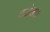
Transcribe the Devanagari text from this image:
टटोला।